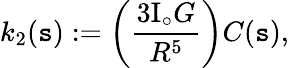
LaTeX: k_{2}(\mathtt{s}):=\left(\frac{{3\mathrm{{I}}_{\circ}G}}{{R^{5}}}\right)C(\mathtt{s}),